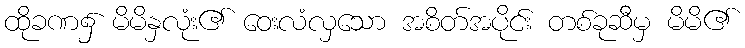
ထိုခဏ၌ မိမိနှလုံး၏ ဝေးလံလှသော အစိတ်အပိုင်း တစ်ခုဆီမှ မိမိ၏